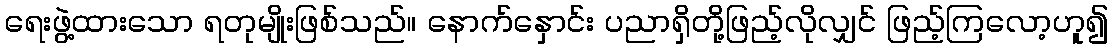
ရေးဖွဲ့ထားသော ရတုမျိုးဖြစ်သည်။ နောက်နှောင်း ပညာရှိတို့ဖြည့်လိုလျှင် ဖြည့်ကြလော့ဟူ၍